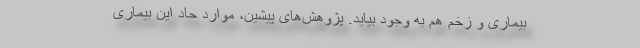
بیماری و زخم هم به وجود بیاید. پژوهش‌های پیشین، موارد حاد این بیماری